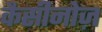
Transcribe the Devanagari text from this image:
कैसीनोज़